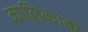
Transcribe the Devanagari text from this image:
कालिकाक